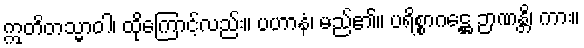
ဣတိတသ္မာဝါ၊ ထိုကြောင့်လည်း။ ပဟာနံ၊ မည်၏။ ပရိစ္စာဂဋ္ဌေ ဉာဏန္တိ၊ ကား။